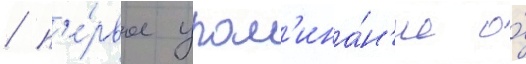
/ п'е́рвое упом'ина́н'ие о́